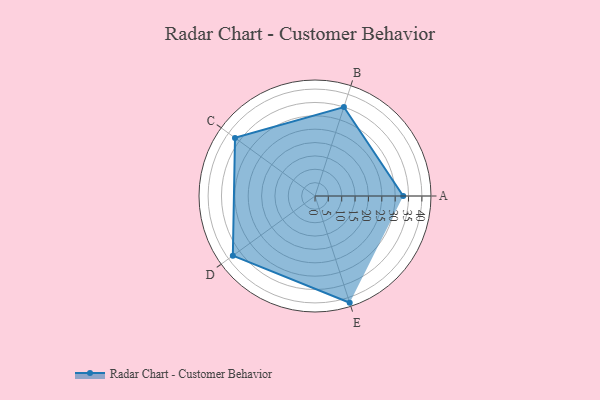
{"axis": {"x": "Skill", "y": "Score"}, "legend": ["Profile"], "data": [{"x": "A", "y": 33.0, "type": "Profile"}, {"x": "B", "y": 35.0, "type": "Profile"}, {"x": "C", "y": 37.0, "type": "Profile"}, {"x": "D", "y": 38.0, "type": "Profile"}, {"x": "E", "y": 42.0, "type": "Profile"}]}